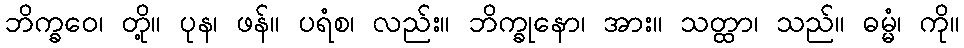
ဘိက္ခဝေ၊ တို့။ ပုန၊ ဖန်။ ပရံစ၊ လည်း။ ဘိက္ခုနော၊ အား။ သတ္ထာ၊ သည်။ ဓမ္မံ၊ ကို။